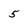
Character: 5